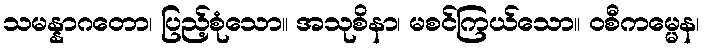
သမန္နာဂတော၊ ပြည့်စုံသော။ အသုစိနာ၊ မစင်ကြယ်သော။ ဝစီကမ္မေန၊